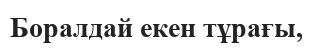
Боралдай екен тұрағы,